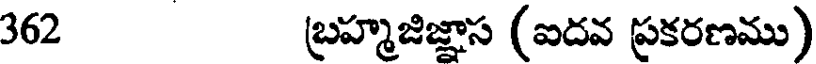
362 బ్రహ్మజిజ్ఞాస (ఐదవ ప్రకరణము)